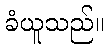
ခံယူသည်။